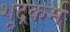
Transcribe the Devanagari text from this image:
शूद्रकर्म